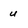
Character: u